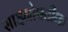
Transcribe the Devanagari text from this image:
साइनोपटीक